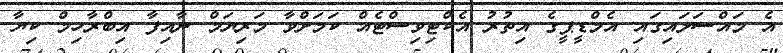
އެ މައްސަލައިގައި އެމްޑީޕީގެ އިތުރު އެކްޓިވިސްޓެއް ކަމަށްވާ މަރިޔަމް ނާއިފާ އިބްރާހިމް ކިޔާ